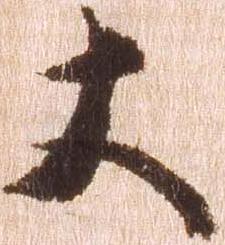
大